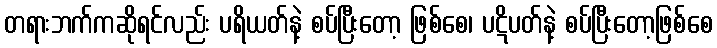
တရားဘက်ကဆိုရင်လည်း ပရိယတ်နဲ့ စပ်ပြီးတော့ ဖြစ်စေ၊ ပဋိပတ်နဲ့ စပ်ပြီးတော့ဖြစ်စေ